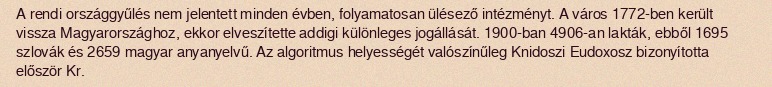
A rendi országgyűlés nem jelentett minden évben, folyamatosan ülésező intézményt. A város 1772-ben került vissza Magyarországhoz, ekkor elveszítette addigi különleges jogállását. 1900-ban 4906-an lakták, ebből 1695 szlovák és 2659 magyar anyanyelvű. Az algoritmus helyességét valószínűleg Knidoszi Eudoxosz bizonyította először Kr.